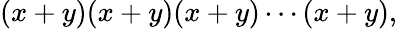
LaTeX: (x+y)(x+y)(x+y)\cdots(x+y),